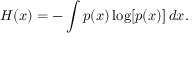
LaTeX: H ( x ) = - \int p ( x ) \log [ p ( x ) ] \, d x .